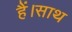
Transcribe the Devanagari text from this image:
हैं।साथ